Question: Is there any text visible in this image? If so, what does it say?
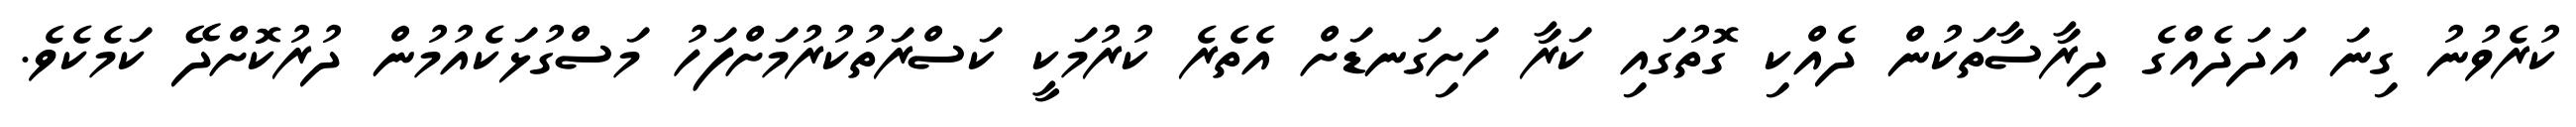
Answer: ކުރެވުނު ގިނަ އަދަދެއްގެ ދިރާސާތަކުން ދެއްކި ގޮތުގައި ކަރާ ހަށިގަނޑަށް އެތެރެ ކުރުމަކީ ކަސްރަތުކުރުމަށްފަހު މަސްގުޅަކެއުމުން ދުރުކޮށްދޭ ކަމެކެވެ.